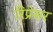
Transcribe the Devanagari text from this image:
रिप्रेसर